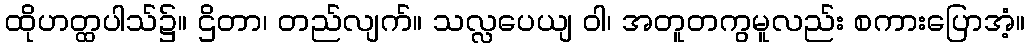
ထိုဟတ္ထပါသ်၌။ ဌိတာ၊ တည်လျက်။ သလ္လပေယျ ဝါ၊ အတူတကွမူလည်း စကားပြောအံ့။